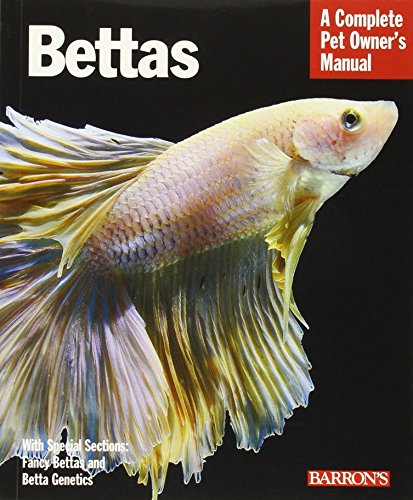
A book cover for Bettas (Complete Pet Owner's Manual); Robert J. Goldstein; Crafts, Hobbies & Home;